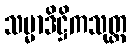
သမ္မာဒိဋ္ဌိကသုတ္တ